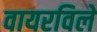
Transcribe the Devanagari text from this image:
वायरविले